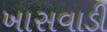
ખાસવાડી